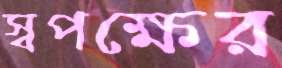
স্বপক্ষের